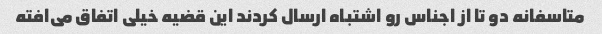
متاسفانه دو تا از اجناس رو اشتباه ارسال کردند این قضیه خیلی اتفاق می‌افته